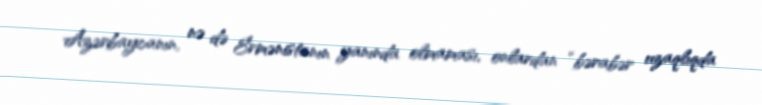
Azərbaycanın, nə də Ermənistanın yanında olmaması, onlardan “bərabər uzaqlıqda